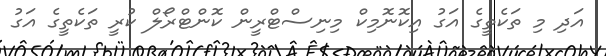
އަދި މި ތަކެތީގެ އަގު އިކޮނޮމިކް މިނިސްޓްރީން ކޮންޓްރޯލް ކުރީ ތަކެތީގެ އަގު